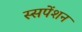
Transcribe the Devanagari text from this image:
स्सपेंशन